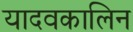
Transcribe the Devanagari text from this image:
यादवकालिन